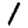
Digit: 1